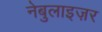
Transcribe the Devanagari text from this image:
नेबुलाइज़र